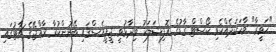
"ހަވީރާ" ވާހަކަދެއްކެވި ކޯސްޓް ގާޑުގެ އޮފިޝަލަކު ވިދާޅުވީ ޖީޕީއެސްގައި ބޭނުންކުރާ ރާއްޖޭގެ ޗާޓުގައި